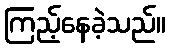
ကြည့်နေခဲ့သည်။